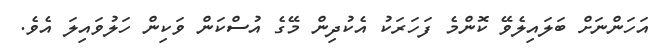
އަހަންނަށް ބަލައިލެވޭ ކޮންމެ ފަހަރަކު އެކުދިން މޭގެ އުސްކަން ވަކިން ހަލުވައިލަ އެވެ.